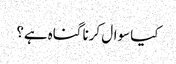
کیا سوال کرنا گناہ ہے؟